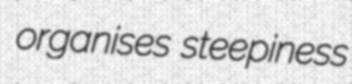
organises steepiness